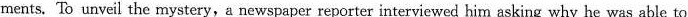
ments. To unveil the mystery, a newspaper reporter interviewed him asking why he was able to